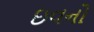
ઇવનો